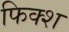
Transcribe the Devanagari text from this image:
फिक्श